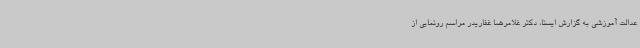
عدالت آموزشی به گزارش ایسنا، دکتر غلامرضا غفاریدر مراسم رونمایی از